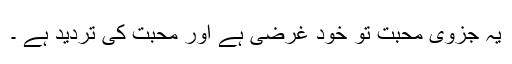
یہ جزوی محبّت تو خود غرضی ہے اور محبت کی تردید ہے ۔